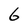
Character: 6